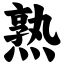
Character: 熟